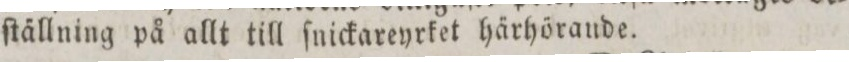
ſtällning på allt till ſnickareyrket härhörande.